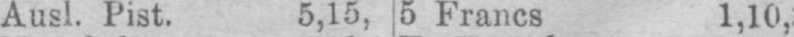
Ausl. Pist. 5,15, 5 Francs 1,10,3